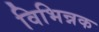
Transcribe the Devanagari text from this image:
विभिन्नक